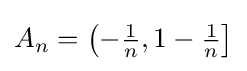
A_{n}=\left(-{\tfrac {1}{n}},1-{\tfrac {1}{n}}\right]